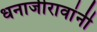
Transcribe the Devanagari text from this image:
धनाजीरावांनी